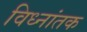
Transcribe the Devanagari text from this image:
विध्नांतक